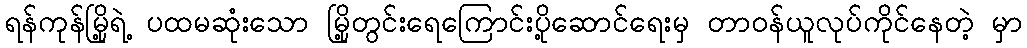
ရန်ကုန်မြို့ရဲ့ ပထမဆုံးသော မြို့တွင်းရေကြောင်းပို့ဆောင်ရေးမှ တာဝန်ယူလုပ်ကိုင်နေတဲ့ မှာ